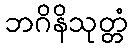
ဘဂိနိသုတ္တံ